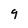
Character: 9